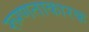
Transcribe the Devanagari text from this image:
रूग्णताकारक